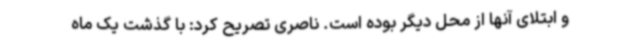
و ابتلای آنها از محل دیگر بوده است. ناصری تصریح کرد: با گذشت یک ماه